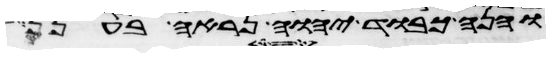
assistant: והנה כבוד יהוה נראה בענן